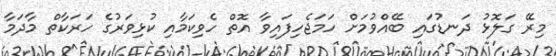
މިރޭ ގަލޮޅު ދަނޑުގައި ބޭއްވުމަށް ހަމަޖެހިފައިވާ އޮތް ހެވިކަމާއި ކުޅިވަރުގެ ހަރަކާތް މާދަމާ